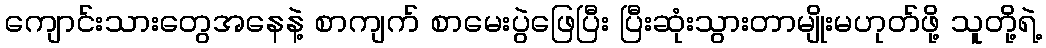
ကျောင်းသားတွေအနေနဲ့ စာကျက် စာမေးပွဲဖြေပြီး ပြီးဆုံးသွားတာမျိုးမဟုတ်ဖို့ သူတို့ရဲ့